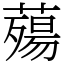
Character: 薚